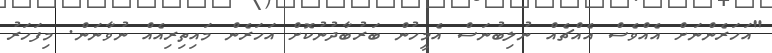
"އަހަރެންނަށް އެއްވެސް އެއްޗެއް ނުލިބުނަސް އެމީހުން ބަރުބާދުނުކޮށް އަހަރެން މައިތިރިއެއް ނުވާނަން. މިފަހަރު